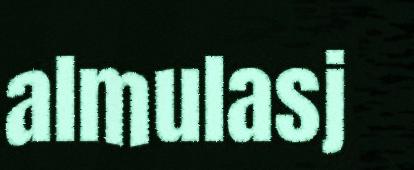
almulasj